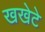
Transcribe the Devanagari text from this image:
खखेटे